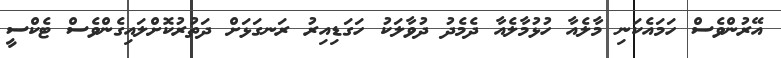
އޭރުންވެސް ހަމައެކަނި މާލެއާ ހުޅުމާލެއާ ދެމެދު ދުވާލަކު ހަގަޑިއިރު ރަނގަޅަށް ދަތުރުކޮށްލައިގެންވެސް ޓެކްސީ